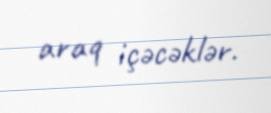
araq içəcəklər.